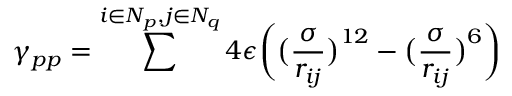
\gamma _ { p p } = \sum ^ { i \in N _ { p } , j \in N _ { q } } 4 \epsilon \bigg ( \big ( \frac { \sigma } { r _ { i j } } \big ) ^ { 1 2 } - \big ( \frac { \sigma } { r _ { i j } } \big ) ^ { 6 } \bigg )